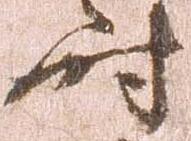
時